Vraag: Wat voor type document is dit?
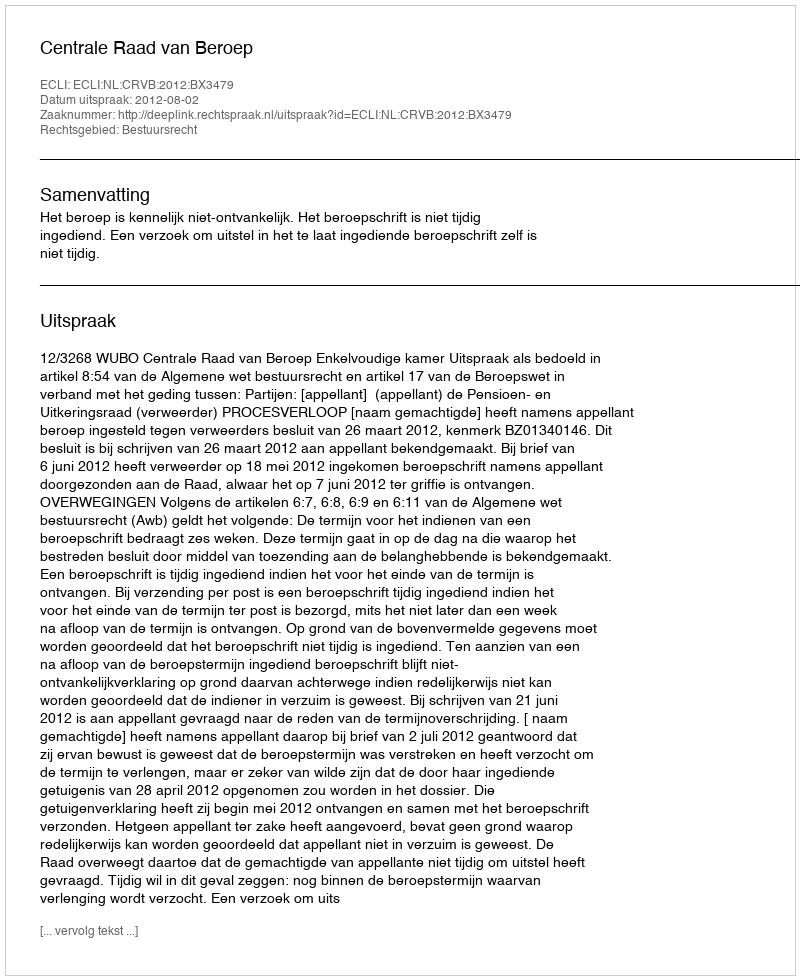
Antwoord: Uitspraak